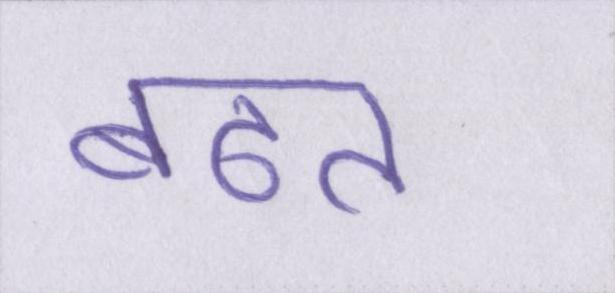
बढत